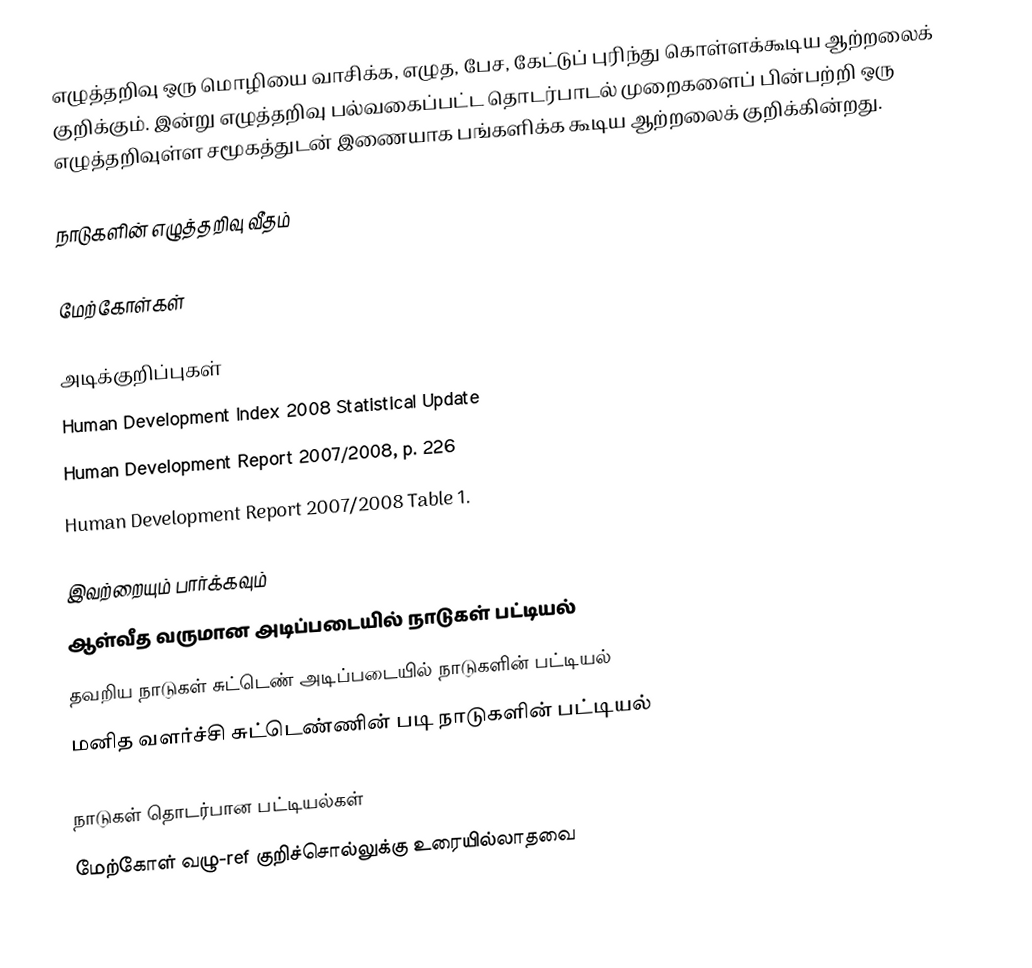
எழுத்தறிவு ஒரு மொழியை வாசிக்க, எழுத, பேச, கேட்டுப் புரிந்து கொள்ளக்கூடிய ஆற்றலைக் குறிக்கும். இன்று எழுத்தறிவு பல்வகைப்பட்ட தொடர்பாடல் முறைகளைப் பின்பற்றி ஒரு எழுத்தறிவுள்ள சமூகத்துடன் இணையாக பங்களிக்க கூடிய ஆற்றலைக் குறிக்கின்றது.

நாடுகளின் எழுத்தறிவு வீதம்

மேற்கோள்கள்

அடிக்குறிப்புகள்
Human Development Index 2008 Statistical Update
Human Development Report 2007/2008, p. 226
Human Development Report 2007/2008 Table 1.

இவற்றையும் பார்க்கவும்
 ஆள்வீத வருமான அடிப்படையில் நாடுகள் பட்டியல்
 தவறிய நாடுகள் சுட்டெண் அடிப்படையில் நாடுகளின் பட்டியல்
 மனித வளர்ச்சி சுட்டெண்ணின் படி நாடுகளின் பட்டியல்

நாடுகள் தொடர்பான பட்டியல்கள்
மேற்கோள் வழு-ref குறிச்சொல்லுக்கு உரையில்லாதவை